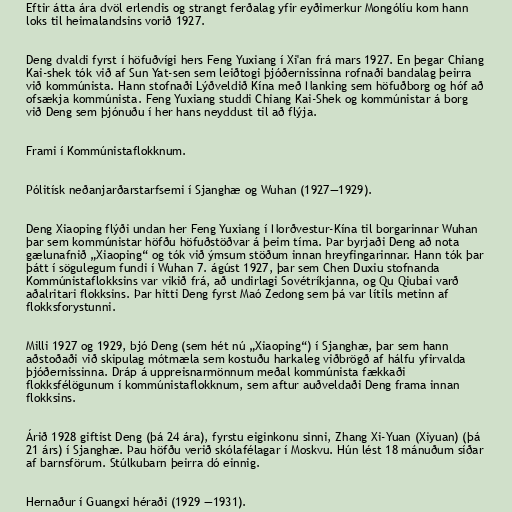
Eftir átta ára dvöl erlendis og strangt ferðalag yfir eyðimerkur Mongólíu kom hann
loks til heimalandsins vorið 1927.

Deng dvaldi fyrst í höfuðvígi hers Feng Yuxiang í Xi'an frá mars 1927. En þegar Chiang
Kai-shek tók við af Sun Yat-sen sem leiðtogi þjóðernissinna rofnaði bandalag þeirra
við kommúnista. Hann stofnaði Lýðveldið Kína með Nanking sem höfuðborg og hóf að
ofsækja kommúnista. Feng Yuxiang studdi Chiang Kai-Shek og kommúnistar á borg
við Deng sem þjónuðu í her hans neyddust til að flýja.

Frami í Kommúnistaflokknum.

Pólitísk neðanjarðarstarfsemi í Sjanghæ og Wuhan (1927―1929).

Deng Xiaoping flýði undan her Feng Yuxiang í Norðvestur-Kína til borgarinnar Wuhan
þar sem kommúnistar höfðu höfuðstöðvar á þeim tíma. Þar byrjaði Deng að nota
gælunafnið „Xiaoping“ og tók við ýmsum stöðum innan hreyfingarinnar. Hann tók þar
þátt í sögulegum fundi í Wuhan 7. ágúst 1927, þar sem Chen Duxiu stofnanda
Kommúnistaflokksins var vikið frá, að undirlagi Sovétríkjanna, og Qu Qiubai varð
aðalritari flokksins. Þar hitti Deng fyrst Maó Zedong sem þá var lítils metinn af
flokksforystunni.

Milli 1927 og 1929, bjó Deng (sem hét nú „Xiaoping“) í Sjanghæ, þar sem hann
aðstoðaði við skipulag mótmæla sem kostuðu harkaleg viðbrögð af hálfu yfirvalda
þjóðernissinna. Dráp á uppreisnarmönnum meðal kommúnista fækkaði
flokksfélögunum í kommúnistaflokknum, sem aftur auðveldaði Deng frama innan
flokksins.

Árið 1928 giftist Deng (þá 24 ára), fyrstu eiginkonu sinni, Zhang Xi-Yuan (Xiyuan) (þá
21 árs) í Sjanghæ. Þau höfðu verið skólafélagar í Moskvu. Hún lést 18 mánuðum síðar
af barnsförum. Stúlkubarn þeirra dó einnig.

Hernaður í Guangxi héraði (1929 ―1931).